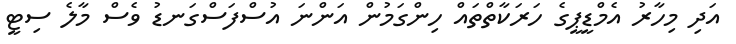
އަދި މިހާރު އެމްޑީޕީގެ ހަރަކާތްތައް ހިންގަމުން އަންނަ އުސްފަސްގަނޑު ވެސް މާލެ ސިޓީ